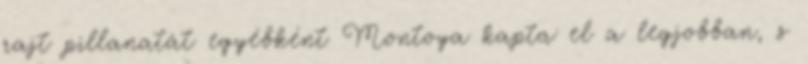
rajt pillanatát egyébként Montoya kapta el a legjobban, s